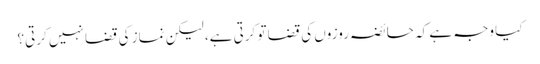
کیا وجہ ہے کہ حائضہ روزوں کی قضا تو کرتی ہے، لیکن نماز کی قضا نہیں کرتی؟